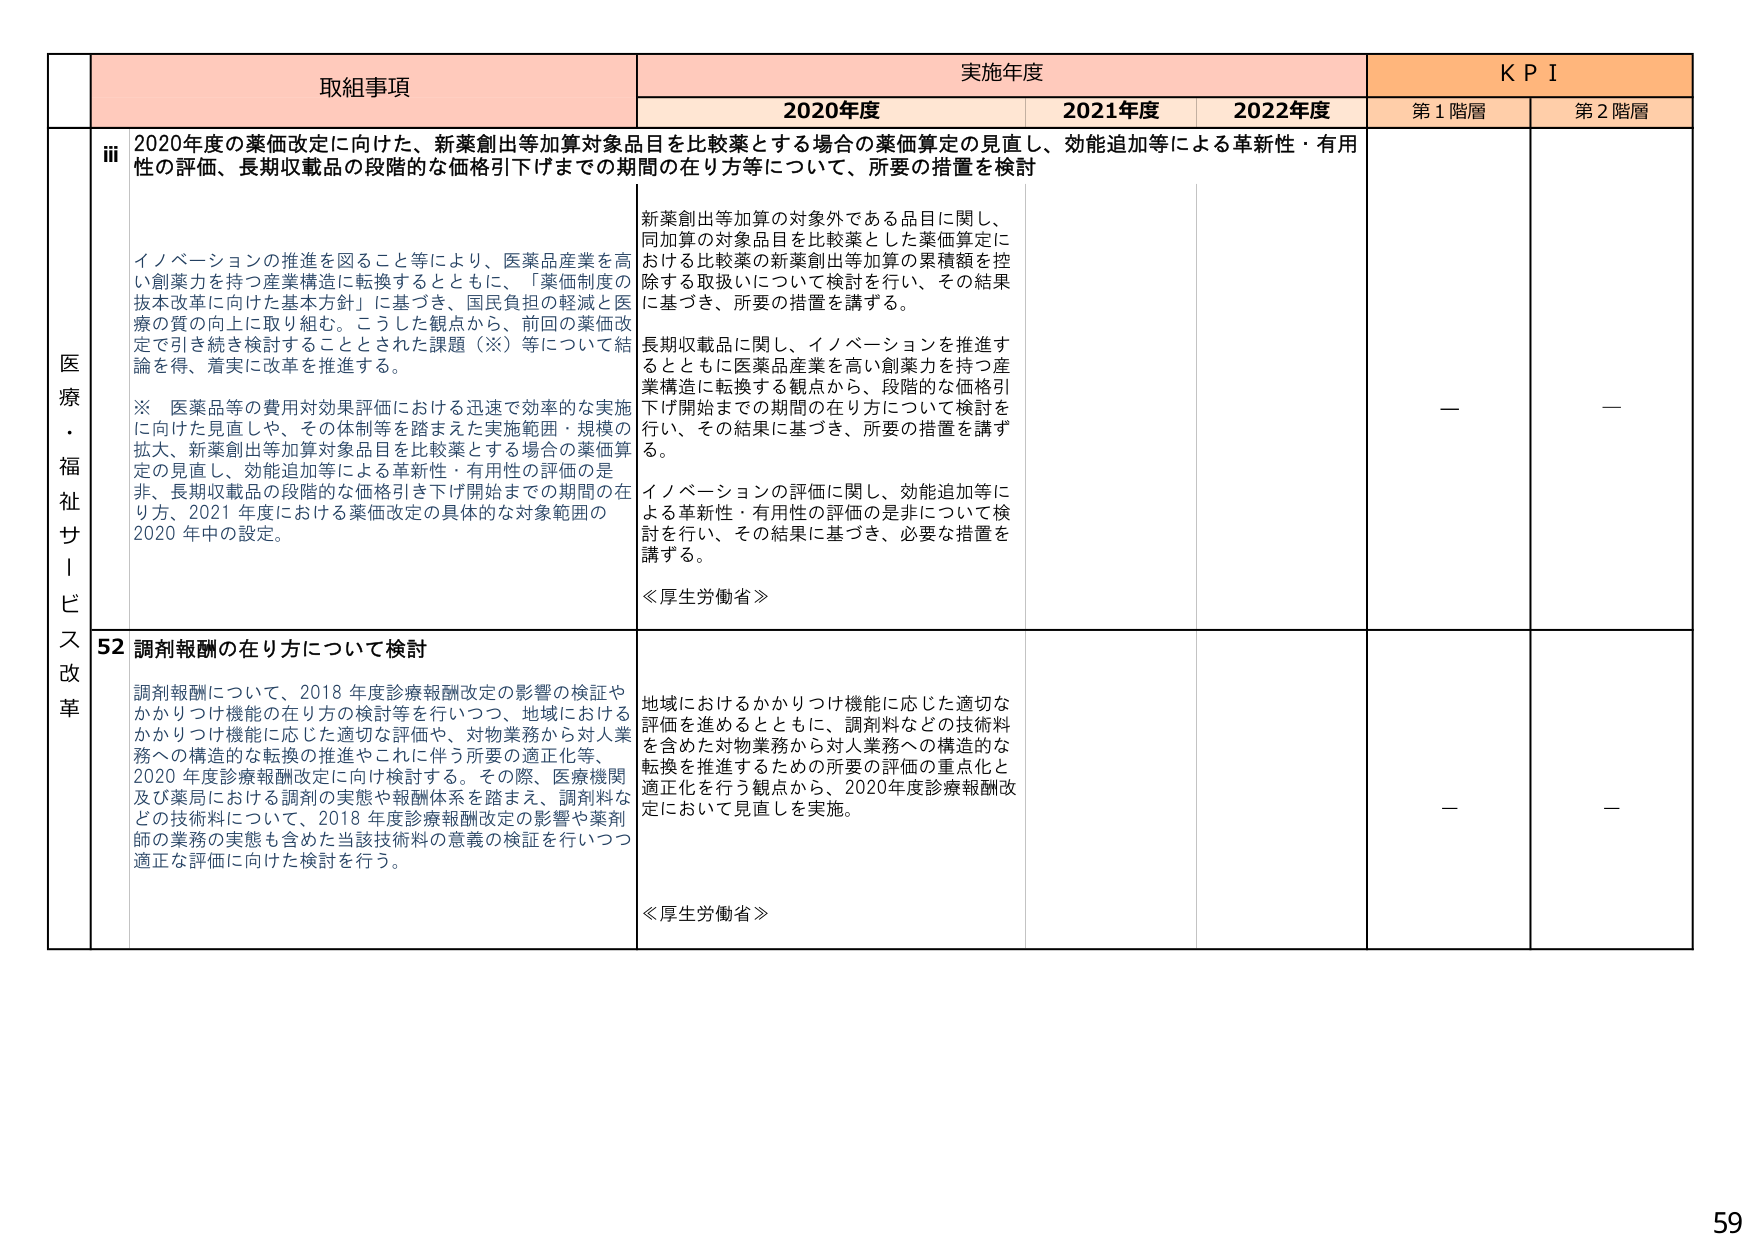
医療・福祉サービス改革

取組事項

iii 2020年度の薬価改定に向けた、新薬創出等加算対象品目を比較薬とする場合の薬価算定の見直し、効能追加等による革新性・有用性の評価、長期収載品の段階的な価格引下げまでの期間の在り方等について、所要の措置を検討

イノベーションの推進を図ること等により、医薬品産業を高い創業力を持つ産業構造に転換するとともに、「薬価制度の抜本改革に向けた基本方針」に基づき、国民負担の軽減と医療の質の向上に取り組む。こうした観点から、前回の薬価改定で引き続き検討することとした課題（※）等について結論を得、着実に改革を推進する。

※ 医薬品等の費用対効果評価における迅速で効率的な実施に向けた見直しや、その体制等を踏まえた実施範囲・規模の拡大、新薬創出等加算対象品目を比較薬とする場合の薬価算定の見直し、効能追加等による革新性・有用性の評価の是非、長期収載品の段階的な価格引き下げ開始までの期間の在り方、2021年度における薬価改定の具体的な対象範囲の2020年中の設定。

新薬創出等加算の対象外である品目に関し、同加算の対象品目を比較薬とした薬価算定における比較薬の新薬創出等加算の累積額を控除する取扱いについて検討を行い、その結果に基づき、所要の措置を講ずる。

長期収載品に関し、イノベーションを推進するとともに医薬品産業を高い創業力を持つ産業構造に転換する観点から、段階的な価格引下げ開始までの期間の在り方について検討を行い、その結果に基づき、所要の措置を講ずる。

イノベーションの評価に関し、効能追加等による革新性・有用性の評価の是非について検討を行い、その結果に基づき、必要な措置を講ずる。

≪厚生労働省≫

52 調剤報酬の在り方について検討

調剤報酬について、2018年度診療報酬改定の影響の検証やかかりつけ機能の在り方の検討等を行いつつ、地域におけるかかりつけ機能に応じた適切な評価や、対物業務から対人業務への構造的な転換の推進やこれに伴う所要の適正化等、2020年度診療報酬改定に向け検討する。その際、医療機関及び薬局における調剤の実態や報酬体系を踏まえ、調剤料などの技術料について、2018年度診療報酬改定の影響や薬剤師の業務の実態も含めた当該技術料の意義の検証を行いつつ適正な評価に向けた検討を行う。

地域におけるかかりつけ機能に応じた適切な評価を進めるとともに、調剤料などの技術料を含めた対物業務から対人業務への構造的な転換を推進するための所要の評価の重点化と適正化を行う観点から、2020年度診療報酬改定において見直しを実施。

≪厚生労働省≫

実施年度

2020年度

2021年度

2022年度

KPI

第1階層

第2階層

—

—

—

—

59